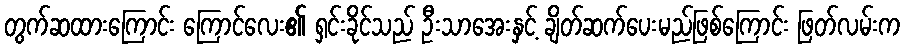
တွက်ဆထားကြောင်း ကြောင်လေး၏ ရှင်းခိုင်သည် ဦးသာအေးနှင့် ချိတ်ဆက်ပေးမည်ဖြစ်ကြောင်း ဖြတ်လမ်းက